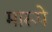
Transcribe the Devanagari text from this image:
मारूपे